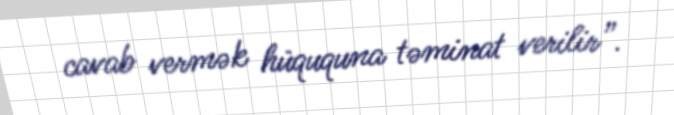
cavab vermək hüququna təminat verilir”.